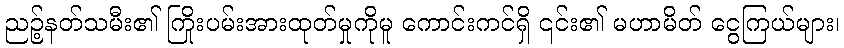
ညဉ့်နတ်သမီး၏ ကြိုးပမ်းအားထုတ်မှုကိုမူ ကောင်းကင်ရှိ ၎င်း၏ မဟာမိတ် ငွေကြယ်များ၊